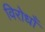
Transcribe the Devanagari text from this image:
विरोधोँ